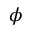
\phi